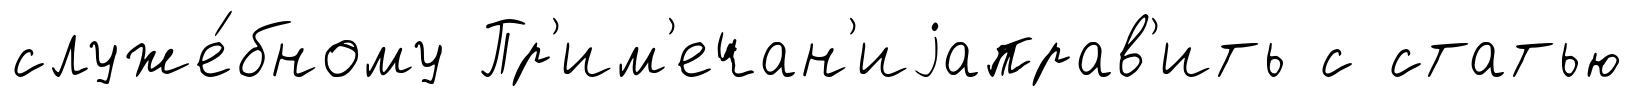
служе́бному Пр'им'ечан'иjаправ'ить с статью